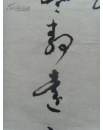
卢家少妇郁金堂，海燕双栖玳瑁梁。